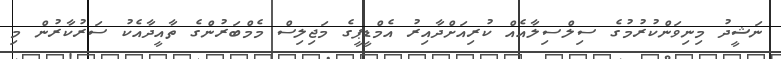
ނަޝީދު މިނިވަންކުރުމުގެ ސިލްސިލާއެއް ކުރިއަށްދާއިރު އެމްޑީޕީގެ މަޖިލިސް މެމްބަރުންގެ ތާއީދާއެކު ސަރުކާރުން މި